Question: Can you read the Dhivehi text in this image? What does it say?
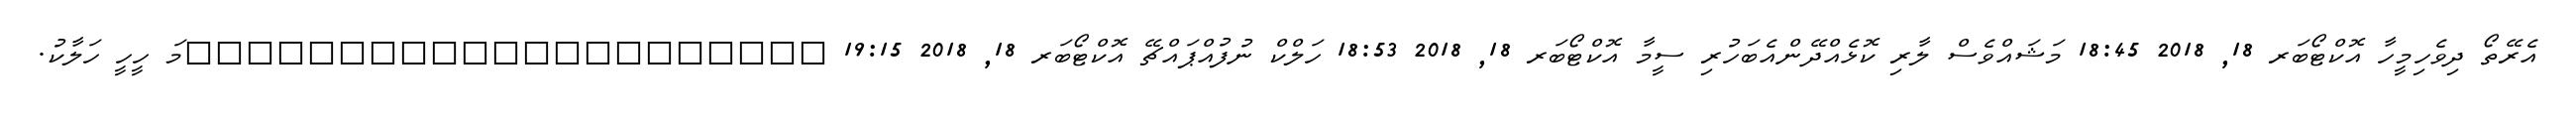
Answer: އެރޭތޯ ދިވެހިމީހާ އޮކްޓޯބަރ 18, 2018 18:45 މަޝައްވެސް ލާރި ކޮޅެއްދޭންއެބަހުރި ސީމާ އޮކްޓޯބަރ 18, 2018 18:53 ހަލްކް ނުފުއްޕައްޗޭ އޮކްޓޯބަރ 18, 2018 19:15 ?????????????????????މަ ހީހީ ހަލާކު.